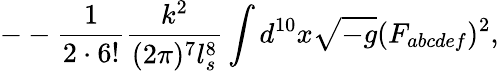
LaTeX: --\frac{1}{2\cdot 6!}\frac{k^{2}}{(2\pi)^{7}l_{s}^{8}}\int d^{10}x\sqrt{-g}(F_{abcdef})^{2},